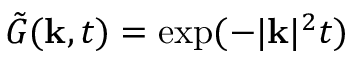
\tilde { G } ( \mathbf { k } , t ) = \mathrm { e x p } ( - | \mathbf { k } | ^ { 2 } t )